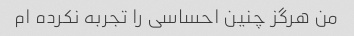
من هرگز چنین احساسی را تجربه نکرده ام